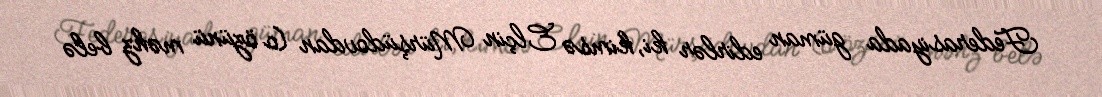
Federasiyada güman edirlər ki, kimsə Elçin Mürşüdovdan (o özünü məhz belə